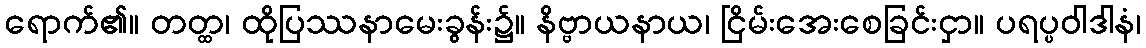
ရောက်၏။ တတ္ထ၊ ထိုပြဿနာမေးခွန်း၌။ နိဗ္ဗာယနာယ၊ ငြိမ်းအေးစေခြင်းငှာ။ ပရပ္ပဝါဒါနံ၊